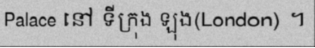
Palace នៅ ទីក្រុង ឡុង(London) ។